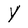
Character: Y